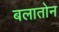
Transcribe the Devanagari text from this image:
बलातोन